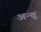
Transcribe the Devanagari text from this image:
अन्बू